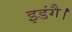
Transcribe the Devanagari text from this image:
इडंगै।